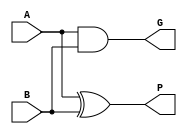
/*Generate and Propagate procedure(splitting into wires )*/

module GP(A,B,G,P);
input A,B;
output G,P;
assign G = A&B;
assign P = A^B;
endmodule